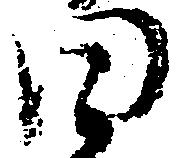
日